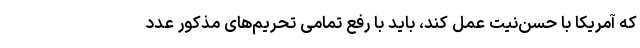
که آمریکا با حسن‌نیت عمل کند، باید با رفع تمامی تحریم‌های مذکور عدد